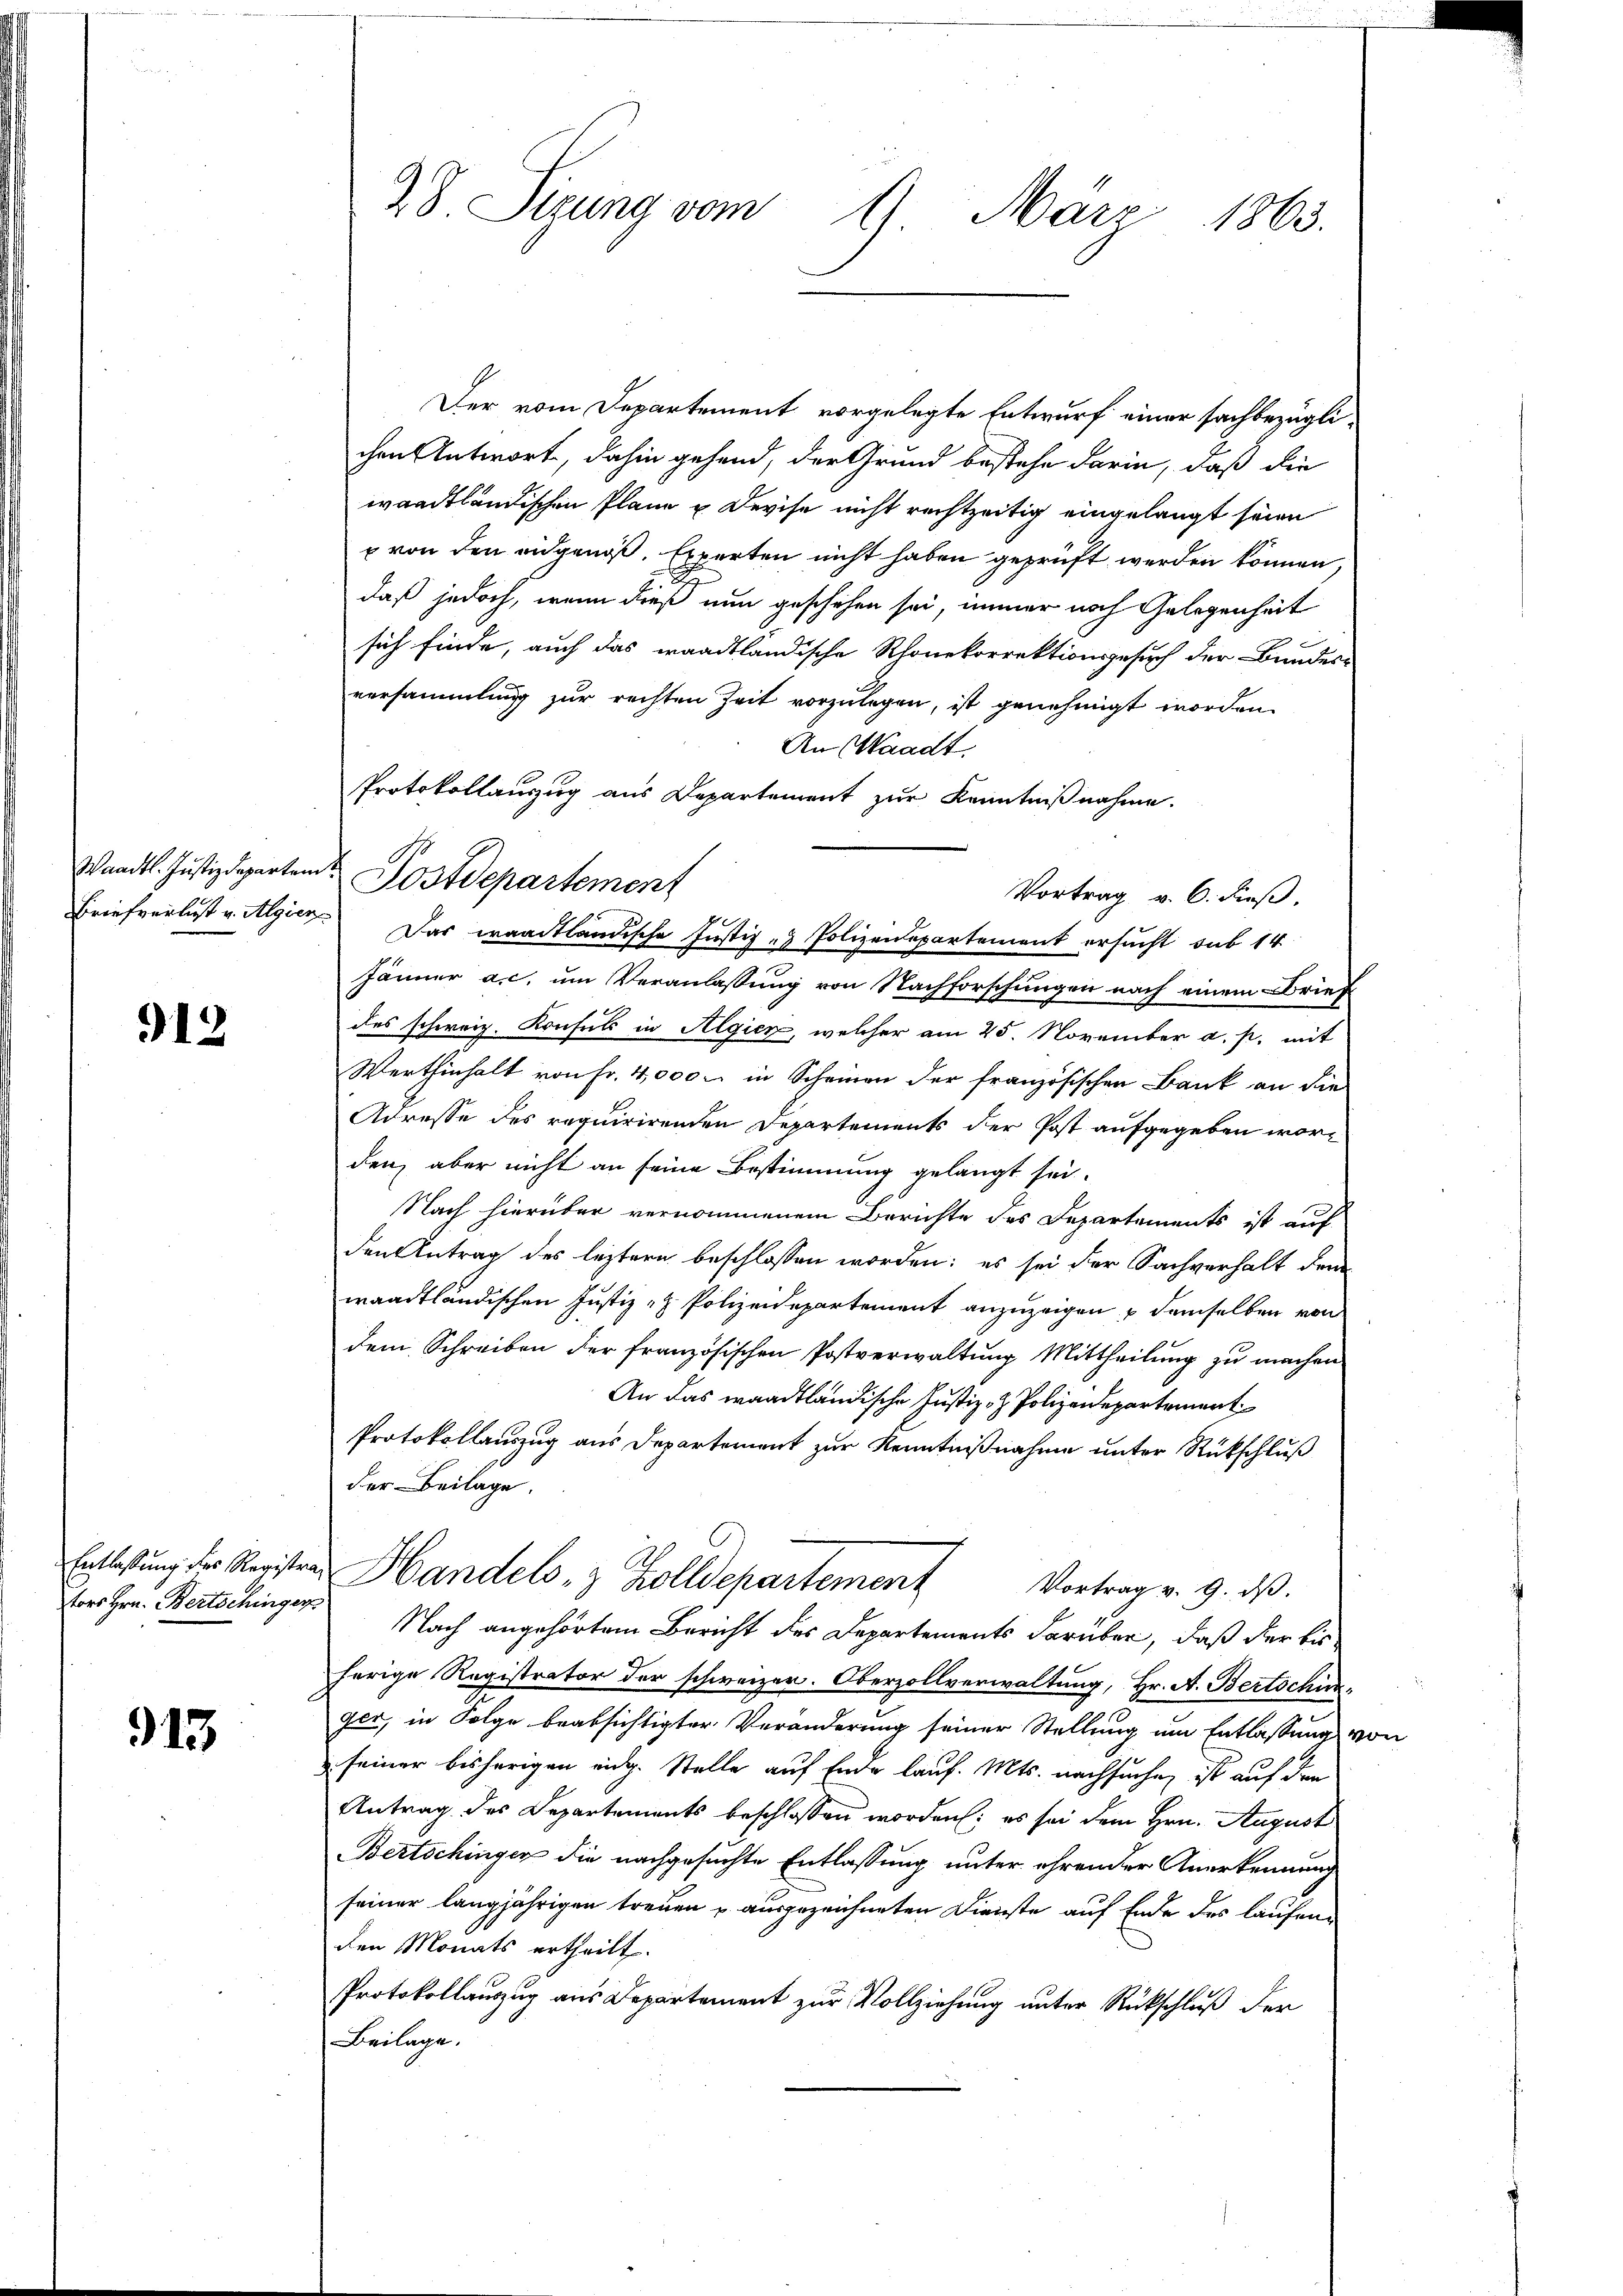
Briefverlust u. Algier

912

tors Hrn. Bertschinger

913

28. Sizung vom 1. März 1863.

Der vom Departement vorgelegte Entwurf einer sachbezüglichen Antwort, dahin gehend, der Grund bestehe darin, daß die
waadtländischen Plane u Devise nicht rechtzeitig eingelangt seien
x von den eidgenoß, Experten nicht haben geprüft werden können,
daß jedoch, wenn dieß nun geschehen sei, immer noch Gelegenheit
sich finde, auch das waadtländische Rhonekorrektionsgesuch der Bundes-
versammlung zur rechten Zeit vorzulegen, ist genehmigt worden.
An Waadt,
Protokollauszug aus Departement zur Kenntnißnahme.
Das waadtländische Justiz- & Polizenspartement ersucht sub 14
Jänner a.c. um Veranlassung von Nachforschungen nach einem Brief
des schweiz. Konsuls in Algien, welcher am 25. November a. p. mit
Werthinhalt von Fr. 4000. in Scheinen der französischen Bank an die
Adresse des requirirenden Departements der Post aufgegeben worden, aber nicht an seine Bestimmung gelangt sei.
Nach hierüber vernommenem Berichte des Departements ist auf
den Antrag des leztern beschlossen worden; es sei der Sachverhalt dem
waadtländischen Justiz - Polizeidepartement anzuzeigen u demselben von
dem Schreiben der französischen Postverwaltung Mittheilung zu machen
An das waadtländische Justiz- & Polizeidepartement
Protokollauszug aus Departement zur Kenntnißnahme unter Rückschluß
der Beilage.
Entlaßung der Registra Handels- & Zolldepartement
Vortrag v. 9. dβ.
Nach angehörtem Bericht des Departements darüber, daß der bis
herige Registrator der schweizen. Oberzollverwaltung, Hr. A. Bertschirr,
ger, in Folge beabsichtigter Veränderung seiner Stellung um Entlassung von
seiner bisherigen eidg. Stelle auf Ende lauf. Mts. nachsuche, ist auf den
Antrag des Departements beschlossen worden; es sei dem Hrn. August
BBertschingen die nachgesuchte Entlassung unter ehrender Anerkennung
seiner langjährigen treuen u ausgezeichneten Dienste auf Ende des laufenden Monats ertheilt.
Protokollauzug aus Departement zur Vollziehung unter Rückschluß der
Beilage.

Waadt. Justizdeparten Postdepartement

Vortrag v. 6. dieß.